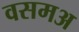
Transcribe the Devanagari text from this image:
वसमअ